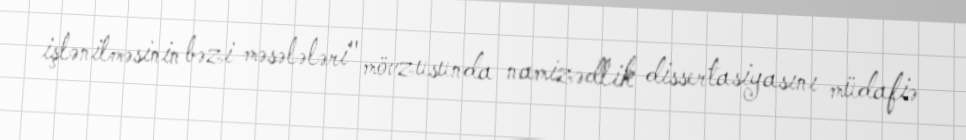
işlənilməsinin bəzi məsələləri" mövzusunda namizədlik dissertasiyasını müdafiə